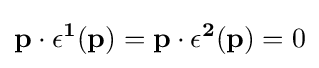
\mathbf {p} \cdot \mathbf {\epsilon ^{1}} (\mathbf {p} )=\mathbf {p} \cdot \mathbf {\epsilon ^{2}} (\mathbf {p} )=0